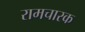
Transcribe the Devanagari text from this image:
रामचारक